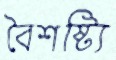
বৈশষ্ট্যি